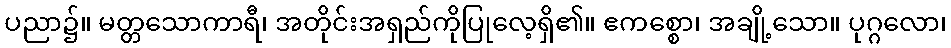
ပညာ၌။ မတ္တသောကာရီ၊ အတိုင်းအရှည်ကိုပြုလေ့ရှိ၏။ ဧကစ္စော၊ အချို့သော။ ပုဂ္ဂလော၊